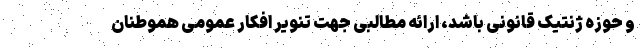
و حوزه ژنتیک قانونی باشد، ارائه مطالبی جهت تنوير افكار عمومی هموطنان